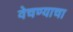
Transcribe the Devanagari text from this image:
वेचण्याचा